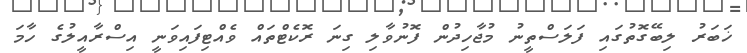
ޚަބަރު ލިބޭގޮތުގައި ފަލަސްތީނު މުޖާހިދުން ފޮނުވާލި ގިނަ ރޮކެޓްތައް ވެއްޓިފައިވަނީ އިސްރާއީލުގެ ހާމަ